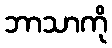
ဘာသာကို